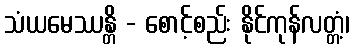
သံယမေဿန္တိ - စောင့်စည်း နိုင်ကုန်လတ္တံ့၊